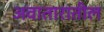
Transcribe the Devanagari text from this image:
अवातारातील